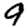
Digit: 9